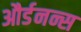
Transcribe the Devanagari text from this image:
और्डनन्स